Leaving Certificate Examination (including Day School Certificate (Higher) General paper), 1934
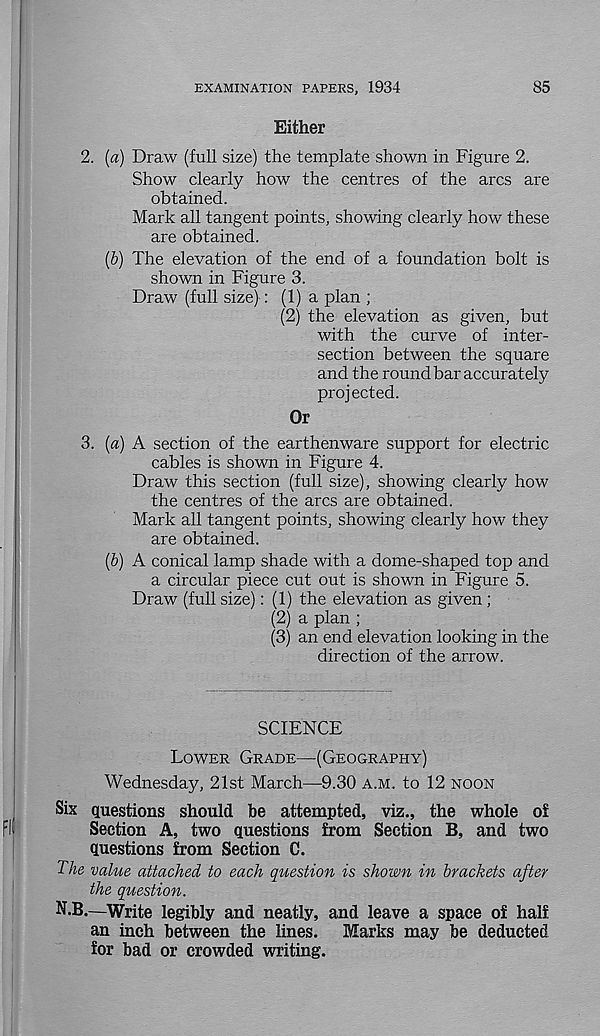
EXAMINATION PAPERS, 1934
85
Either
2. (a) Draw (full size) the template shown in Figure 2.
Show clearly how the centres of the arcs are
obtained.
Mark all tangent points, showing clearly how these
are obtained.
(b) The elevation of the end of a foundation bolt is
shown in Figure 3.
Draw (full size): (1) a plan ;
(2) the elevation as given, but
with the curve of inter-
section between the square
and the round bar accurately
projected.
Or
3. (a) A section of the earthenware support for electric
cables is shown in Figure 4.
Draw this section (full size), showing clearly how
the centres of the arcs are obtained.
Mark all tangent points, showing clearly how they
are obtained.
(b) A conical lamp shade with a dome-shaped top and
a circular piece cut out is shown in Figure 5.
Draw (full size): (1) the elevation as given ;
(2) a plan ;
(3) an end elevation looking in the
direction of the arrow.
SCIENCE
Lower Grade—(Geography)
Wednesday, 21st March—9.30 a.m. to 12 noon
Six questions should be attempted, viz., the whole of
Section A, two questions from Section B, and two
questions from Section C.
The value attached to each question is shown in brackets after
the question.
N.B.—Write legibly and neatly, and leave a space of half
an inch between the lines.
Marks may be deducted
for bad or crowded writing.